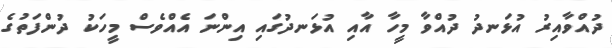
ދުއްވާއިރު އުޅަނދު ދުއްވާ މީހާ އާއި އުޅަނދުގައި އިންނަ އެއްވެސް މީހަކު ދުންފަތުގެ